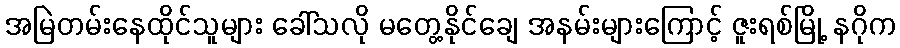
အမြဲတမ်းနေထိုင်သူများ ခေါ်သလို မတွေ့နိုင်ချေ အနမ်းများကြောင့် ဇူးရစ်မြို့ နဂိုက